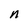
Character: n